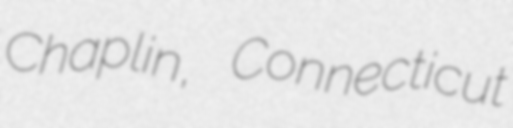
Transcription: Chaplin, Connecticut